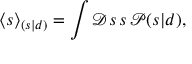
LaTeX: \langle s \rangle _ { ( s | d ) } = \int { \mathcal { D } } s \, s \, { \mathcal { P } } ( s | d ) ,